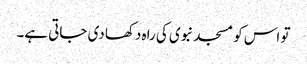
تو اس کو مسجد نبوی کی راہ دکھا دی جاتی ہے۔